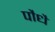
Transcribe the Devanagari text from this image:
पौधै